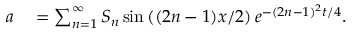
\begin{array} { r l } { a } & { { } = \sum _ { n = 1 } ^ { \infty } S _ { n } \sin \left( ( 2 n - 1 ) x / 2 \right) e ^ { - ( 2 n - 1 ) ^ { 2 } t / 4 } . } \end{array}